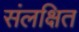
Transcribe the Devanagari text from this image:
संलक्षित